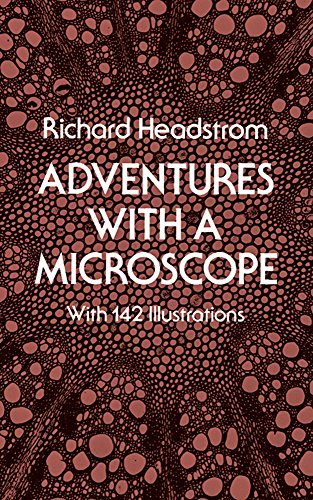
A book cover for Adventures with a Microscope; Richard Headstrom; Science & Math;